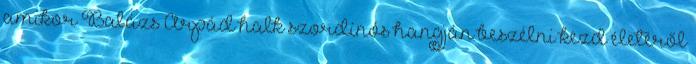
amikor Balázs Árpád halk szordínós hangján beszélni kezd életéről